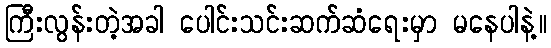
ကြီးလွန်းတဲ့အခါ ပေါင်းသင်းဆက်ဆံရေးမှာ မနေပါနဲ့။